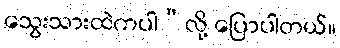
သွေးသားထဲကပါ”လို့ ပြောပါတယ်။